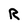
Character: R